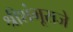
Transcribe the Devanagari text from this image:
श्रीशंभूराजे